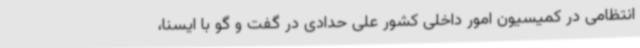
انتظامی در کمیسیون امور داخلی کشور علی حدادی در گفت و گو با ایسنا،